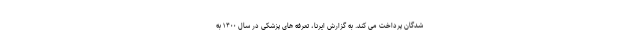
شدگان پرداخت می کند. به گزارش ایرنا، تعرفه های پزشکی در سال ۱۴۰۰ به